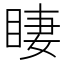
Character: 𱲾